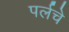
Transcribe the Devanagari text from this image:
पर्लचे